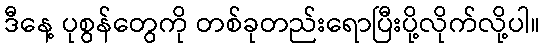
ဒီနေ့ ပုစွန်တွေကို တစ်ခုတည်းရောပြီးပို့လိုက်လို့ပါ။